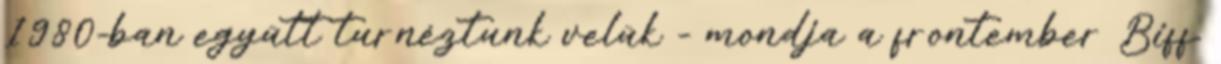
1980-ban együtt turnéztunk velük - mondja a frontember Biff.